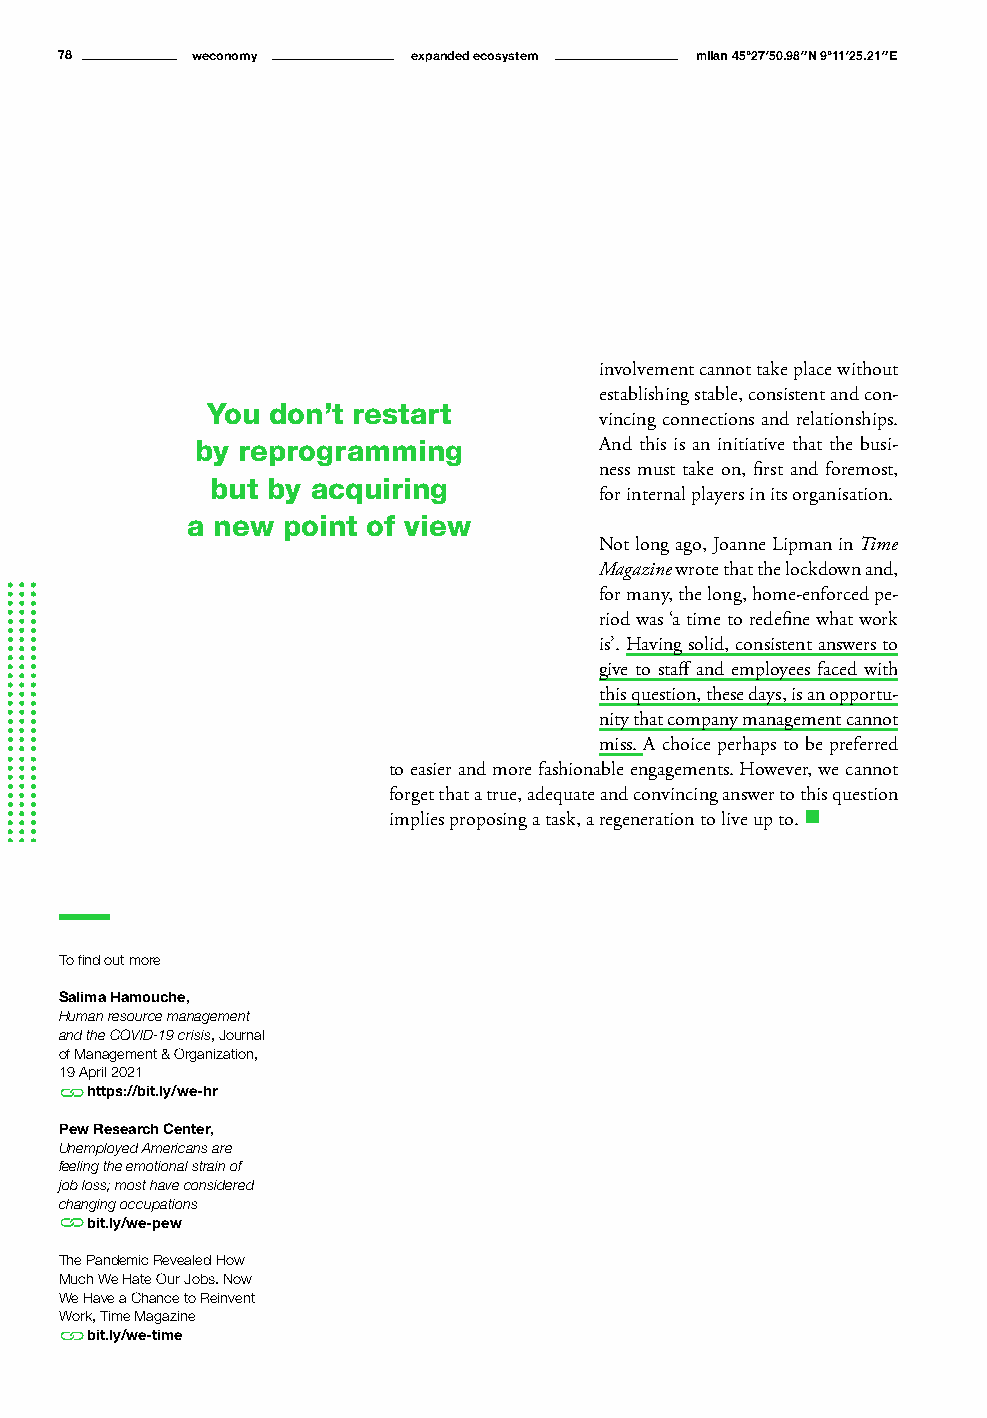
78       weconomy      expanded ecosystem milan 45°27′50.98″N 9°11′25.21″E
 involvement cannot take place without
 establishing stable, consistent and con-
 You don’t restart
 vincing connections and relationships.
 by reprogramming           And this is an initiative that the busi-
 ness must take on, first and foremost,
 but by acquiring
 for internal players in its organisation.
 a new  point of view
 Not long ago, Joanne Lipman in Time
 Magazine wrote that the lockdown and,
 for many, the long, home-enforced pe-
 riod was ‘a time to redefine what work
 is’. Having solid, consistent answers to
 give to staff and employees faced with
 this question, these days, is an opportu-
 nity that company management cannot
 miss. A choice perhaps to be preferred
 to easier and more fashionable engagements. However, we cannot
 forget that a true, adequate and convincing answer to this question
 implies proposing a task, a regeneration to live up to. n
 To find out more
 Salima Hamouche,
 Human resource management
 and the COVID-19 crisis, Journal
 of Management & Organization,
 19 April 2021
 https://bit.ly/we-hr
 Pew Research Center,
 Unemployed Americans are
 feeling the emotional strain of
 job loss; most have considered
 changing occupations
 bit.ly/we-pew
 The Pandemic Revealed How
 Much We Hate Our Jobs. Now
 We Have a Chance to Reinvent
 Work, Time Magazine
 bit.ly/we-time